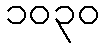
၁၀၃၀